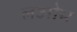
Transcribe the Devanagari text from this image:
लओम